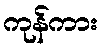
ကုန်ကား